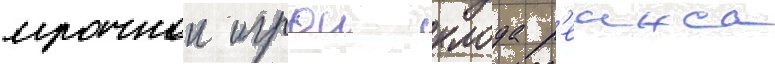
мрачнои игрои клода р'еинса